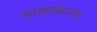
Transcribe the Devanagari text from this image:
नामाकरण्‍ा